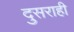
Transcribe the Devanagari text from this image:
दुसराही